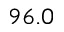
9 6 . 0